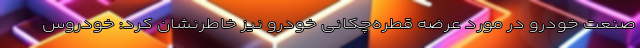
صنعت خودرو در مورد عرضه قطره‌چکانی خودرو نیز خاطرنشان کرد: خودروس